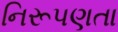
નિરૂપણતા